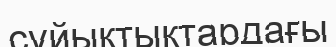
сұйықтықтардағы